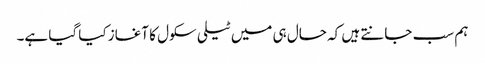
ہم سب جانتے ہیں کہ حال ہی میں ٹیلی سکول کا آغاز کیا گیا ہے۔